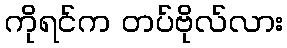
ကိုရင်က တပ်ဗိုလ်လား